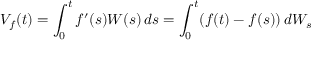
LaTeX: V _ { f } ( t ) = \int _ { 0 } ^ { t } f ^ { \prime } ( s ) W ( s ) \, d s = \int _ { 0 } ^ { t } ( f ( t ) - f ( s ) ) \, d W _ { s }